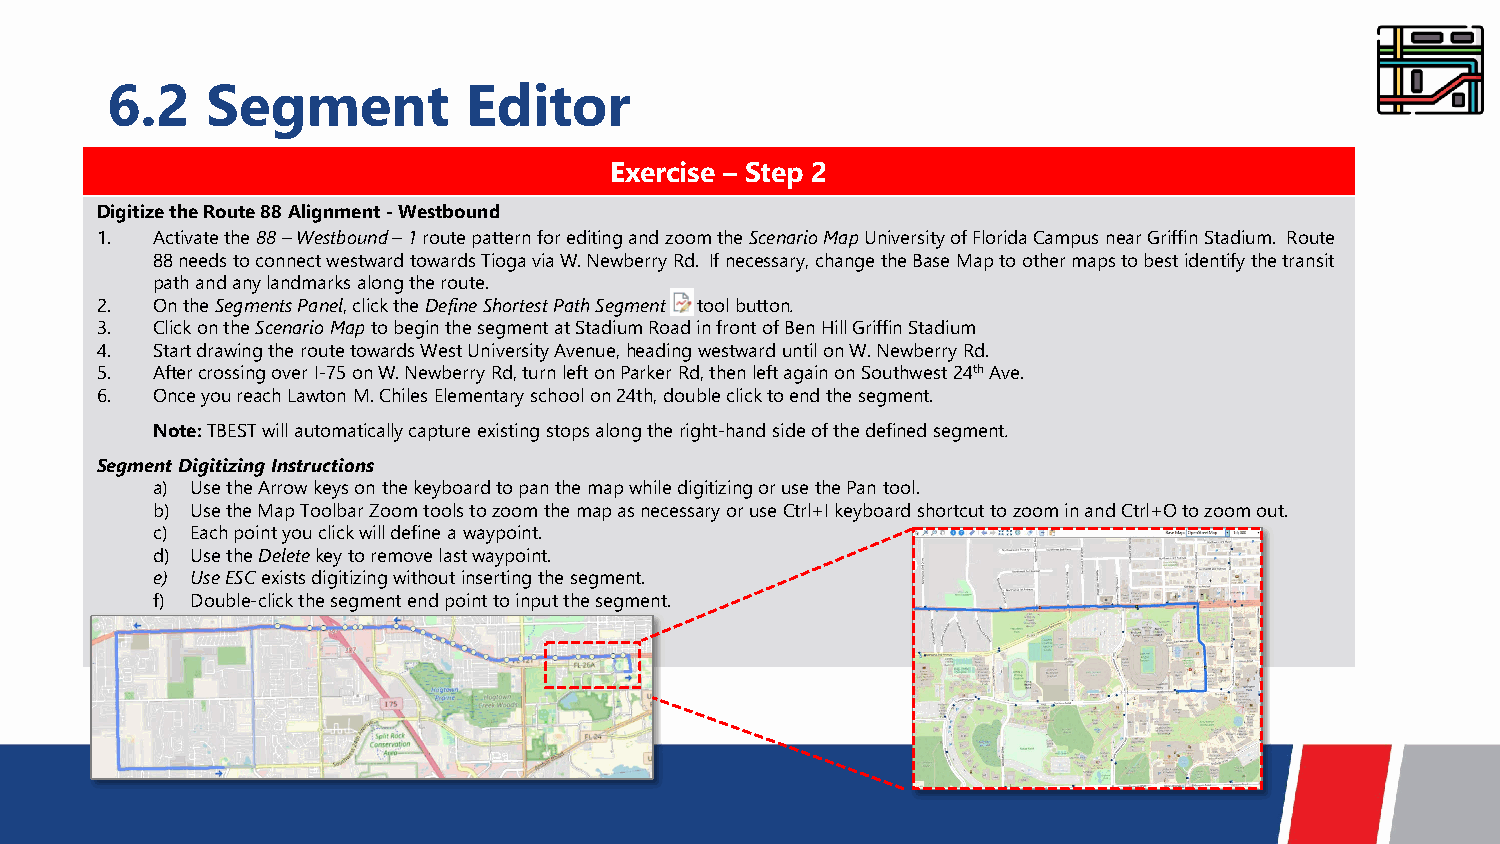
6.2    Segment          Editor
 Exercise – Step 2
 Digitize the Route 88 Alignment -Westbound
 1.  Activate the 88–Westbound –1 route pattern for editing and zoom the Scenario Map University of Florida Campus near Griffin Stadium. Route
 88 needs to connect westward towards Tioga via W. Newberry Rd. If necessary, change the Base Map to other maps to best identify the transit
 path and any landmarks along the route.
 2.  On the Segments Panel, click the Define Shortest Path Segment tool button.
 3.  Click on the Scenario Map to begin the segment at Stadium Road in front of Ben Hill Griffin Stadium
 4.  Start drawing the route towards West University Avenue, heading westward until on W. Newberry Rd.
 5.  After crossing over I-75 on W. Newberry Rd, turn left on Parker Rd, then left again on Southwest 24thAve.
 6.  Once you reach Lawton M. Chiles Elementary school on 24th, double click to end the segment.
 Note:TBEST will automatically capture existing stops along the right-hand side of the defined segment.
 Segment Digitizing Instructions
 a) Use the Arrow keys on the keyboard to pan the map while digitizing or use the Pan tool.
 b) Use the Map Toolbar Zoom tools to zoom the map as necessary or use Ctrl+Ikeyboard shortcut to zoom in and Ctrl+Oto zoom out.
 c) Each point you click will define a waypoint.
 d) Use the Delete key to remove last waypoint.
 e) Use ESC exists digitizing without inserting the segment.
 f) Double-click the segment end point to input the segment.
 194